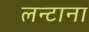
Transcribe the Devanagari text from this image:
लन्टाना